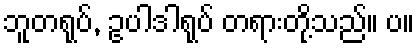
ဘူတရုပ်, ဥပါဒါရုပ် တရားတို့သည်။ ပ။